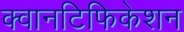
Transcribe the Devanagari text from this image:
क्वानटिफिकेशन